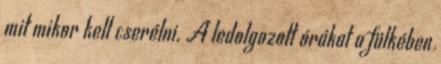
mit mikor kell cserélni. A ledolgozott órákat a fülkében